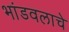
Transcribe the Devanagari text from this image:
भांडवलाचे